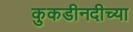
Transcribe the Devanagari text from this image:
कुकडीनदीच्या